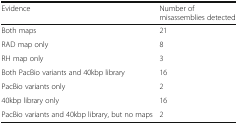
| Evidence | Number of misassemblies detected |
 | --- | --- |
 | Both maps | 21 |
 | RAD map only | 8 |
 | RH map only | 3 |
 | Both PacBio variants and 40kbp library | 16 |
 | PacBio variants only | 2 |
 | 40kbp library only | 16 |
 | PacBio variants and 40kbp library, but no maps | 2 |